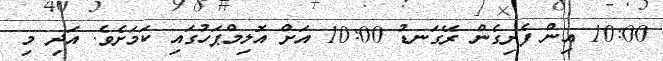
10:00 އިން ފެށިގެން ރޭގަނޑު 10:00 އަށް އޮލިމްޕަހުގައި ކަމަށެވެ. އަދި މި